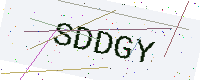
Text: SDDGY